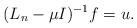
LaTeX: \begin{align*}(L_n-\mu I)^{-1}f=u.\end{align*}